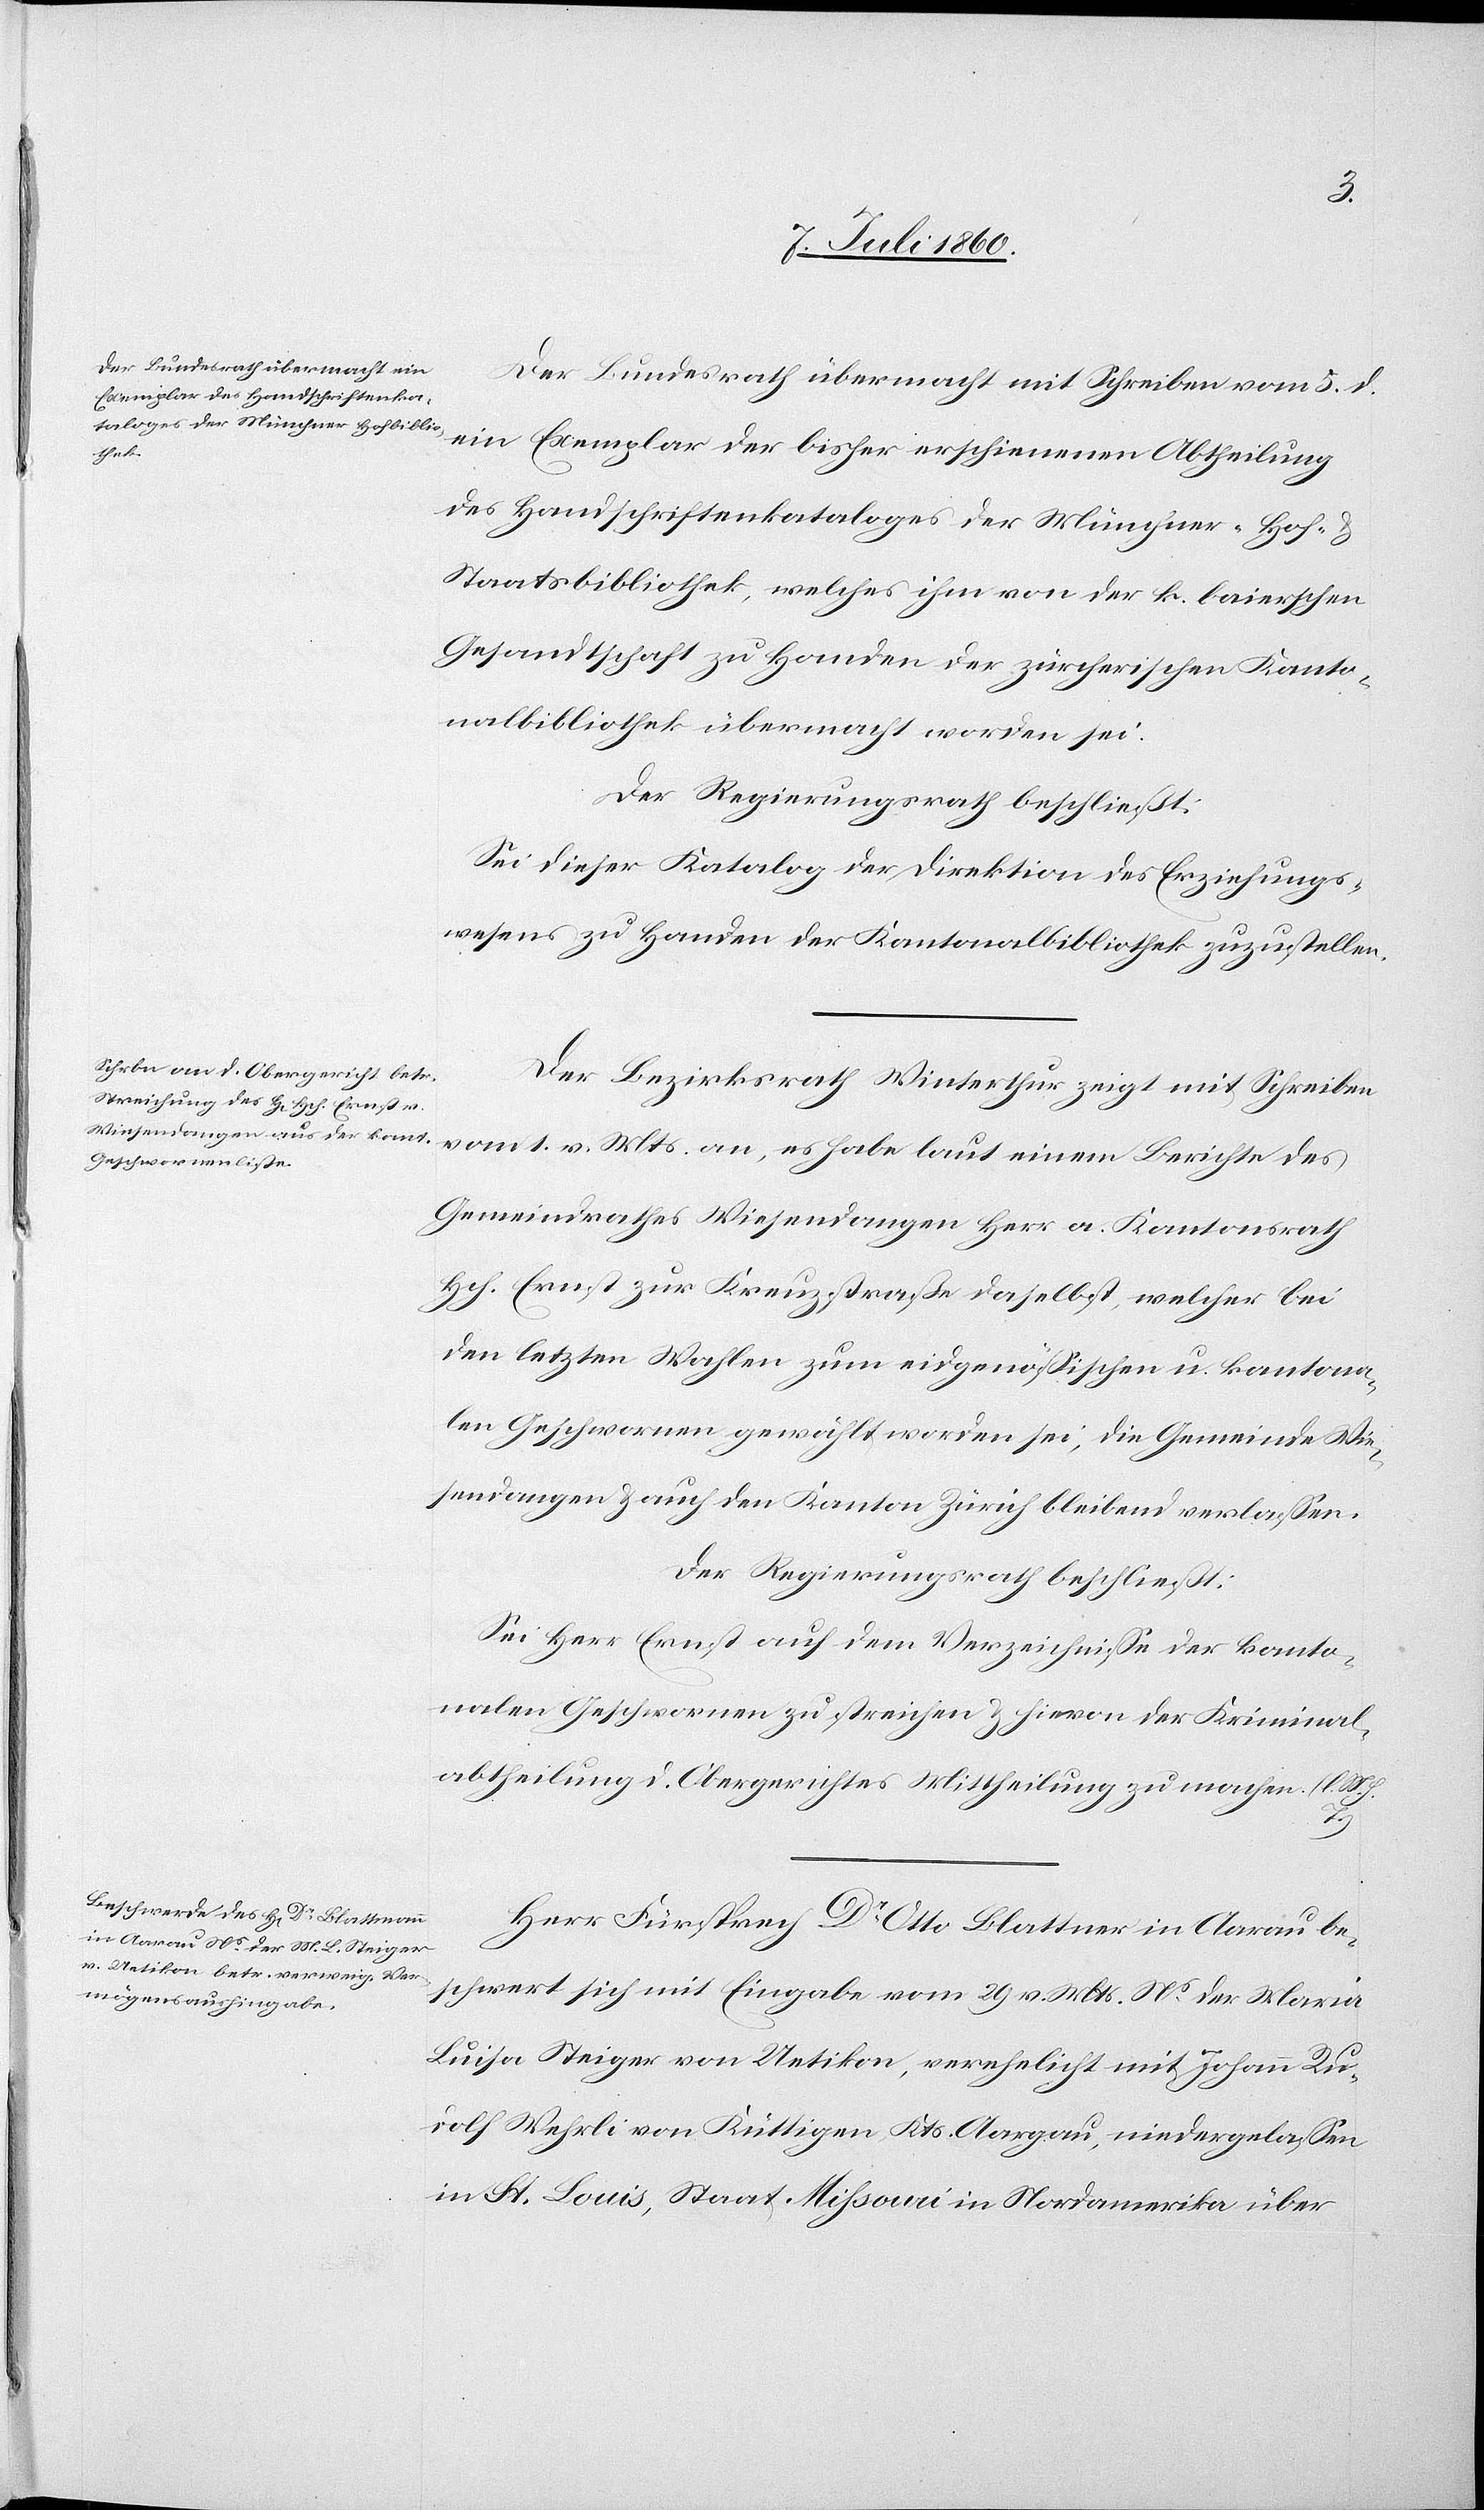
Der Bundesrath übermacht mit Schreiben vom 5. d.
ein Exemplar der bisher erschienenen Abtheilung
des Handschriftenkataloges der Münchner-Hof- &
Staatsbibliothek, welches ihm von der k. baierschen
Gesandtschaft zu Handen der zürcherischen Kanto¬
nalbibliothek übermacht worden sei.
Der Regierungsrath beschließt:
Sei dieser Katalog der Direktion des Erziehungs¬
wesens zu Handen der Kantonalbibliothek zuzustellen.
Der Bezirksrath Winterthur zeigt mit Schreiben
vom 1. v. Mts. an, es habe laut einem Berichte des
Gemeindrathes Wiesendangen Herr a. Kantonsrath
Hch. Ernst zur Kreuzstraße daselbst, welcher bei
den letzten Wahlen zum eidgenössischen u. kantona¬
len Geschwornen gewählt worden sei, die Gemeinde Wie¬
sendangen & auch den Kanton Zürich bleibend verlassen.
Der Regierungsrath beschließt:
Sei Herr Ernst auf dem Verzeichnisse der kanto¬
nalen Geschwornen zu streichen & hievon der Kriminal¬
abtheilung d. Obergerichtes Mittheilung zumachen. (l. M.
T.)
Herr Fürsprech Dr Otto Blattner [sic!] in Aarau be¬
schwert sich mit Eingabe vom 29. v. Mts. Ns. der Maria
Luisa Steiger von Uetikon, verehelicht mit Johann Rud¬
olf Wehrli von Küttigen, Kts. Aargau, niedergelassen
in St. Louis, Staat Missouri in Nordamerika über